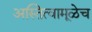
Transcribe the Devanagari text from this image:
अस्तित्वामूळेच